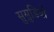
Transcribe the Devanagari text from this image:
सुसुडियो